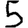
Digit: 5